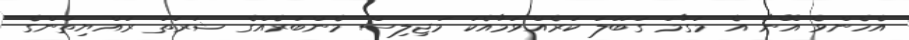
އެހެންވެ އޭނާ އެ މަގާމު ގަބޫލު ކުރެއްވުމާއެކު މަޖިލިސް މެންބަރެއްގެ ޝަރުތު ރައްޔިތުންގެ